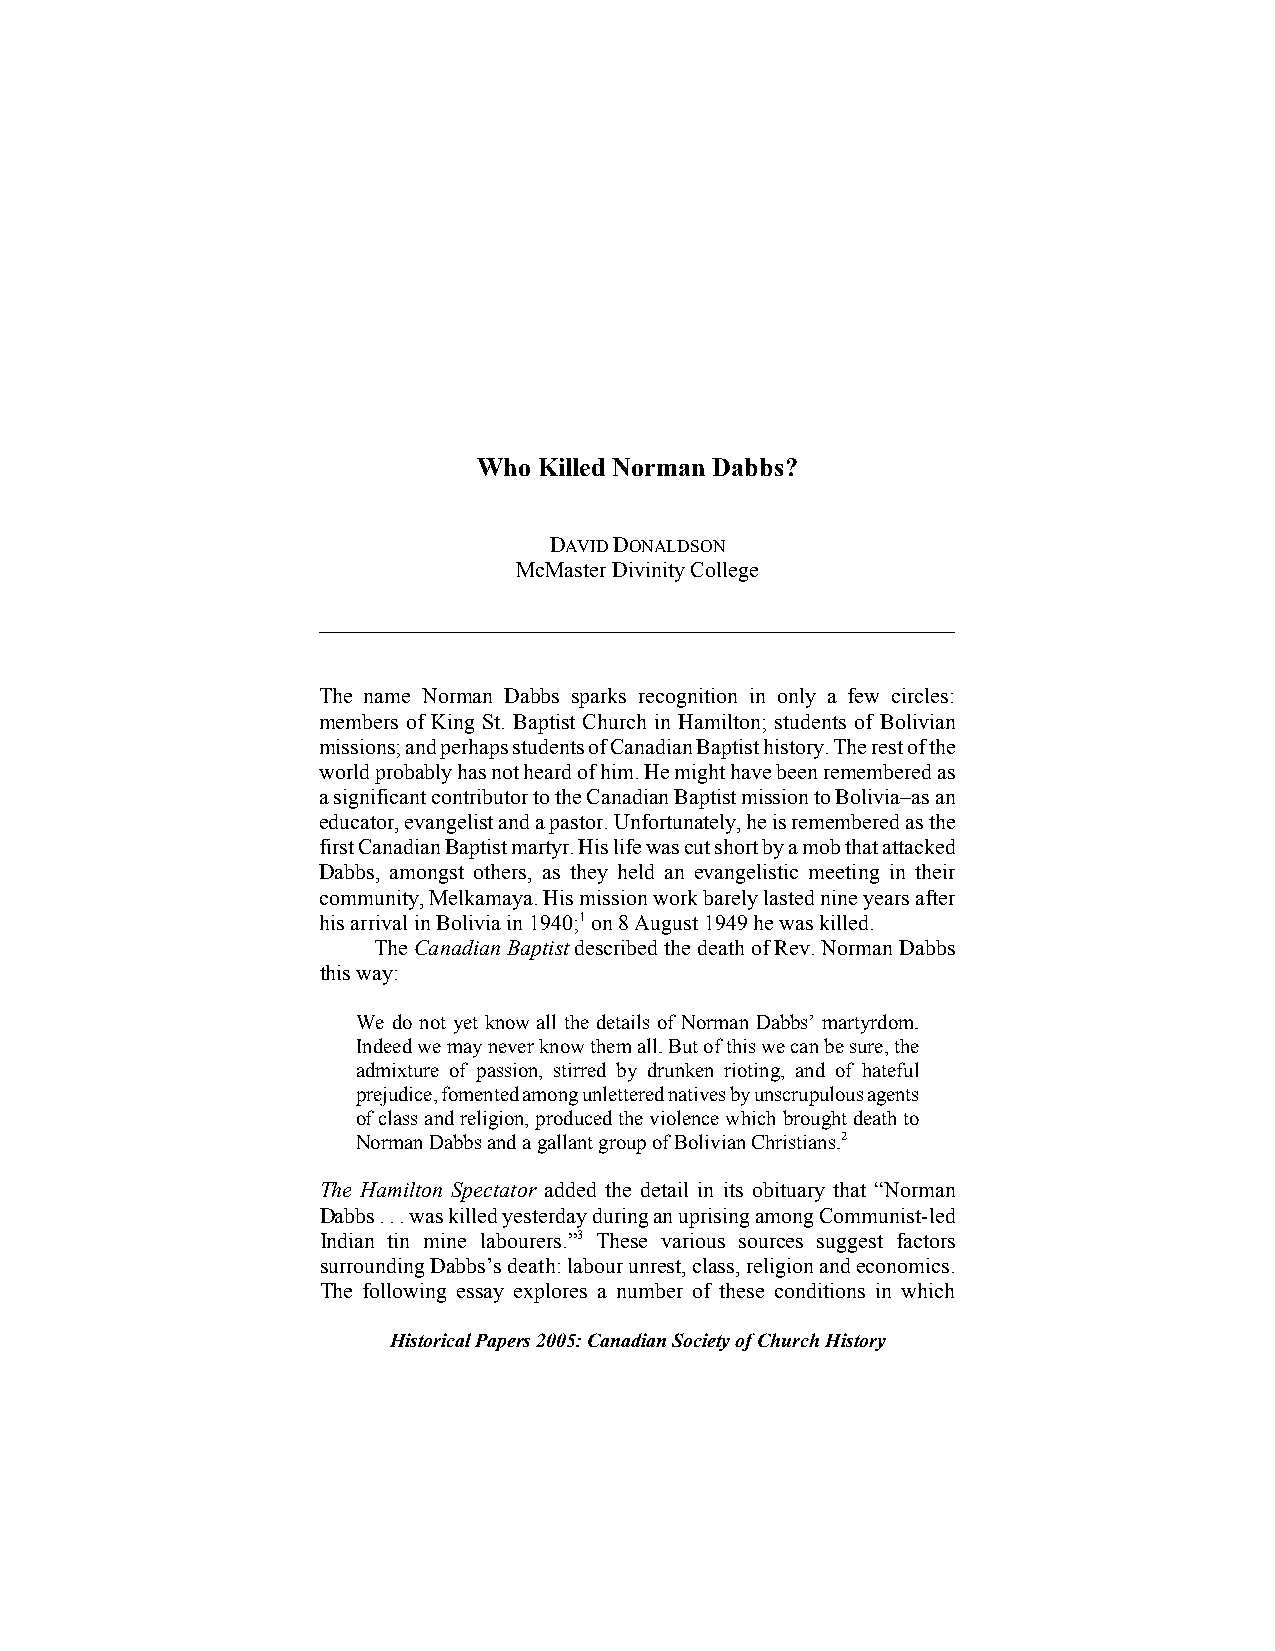
Who Killed Norman Dabbs?
 DAVID DONALDSON
 McMaster Divinity College
 The name Norman Dabbs sparks recognition in only a few circles:
 members of King St. Baptist Church in Hamilton; students of Bolivian
 missions; and perhaps students of Canadian Baptist history. The rest of the
 world probably has not heard of him. He might have been remembered as
 a significant contributor to the Canadian Baptist mission to Bolivia–as an
 educator, evangelist and a pastor. Unfortunately, he is remembered as the
 first Canadian Baptist martyr. His life was cut short by a mob that attacked
 Dabbs, amongst others, as they held an evangelistic meeting in their
 community, Melkamaya. His mission work barely lasted nine years after
 his arrival in Bolivia in 1940;1 on 8 August 1949 he was killed.
 The Canadian Baptist described the death of Rev. Norman Dabbs
 this way:
 We do not yet know all the details of Norman Dabbs’ martyrdom.
 Indeed we may never know them all. But of this we can be sure, the
 admixture of passion, stirred by drunken rioting, and of hateful
 prejudice, fomented among unlettered natives by unscrupulous agents
 of class and religion, produced the violence which brought death to
 Norman Dabbs and a gallant group of Bolivian Christians.2
 The Hamilton Spectator added the detail in its obituary that “Norman
 Dabbs . . . was killed yesterday during an uprising among Communist-led
 Indian tin mine labourers.”3 These various sources suggest factors
 surrounding Dabbs’s death: labour unrest, class, religion and economics.
 The following essay explores a number of these conditions in which
 Historical Papers 2005: Canadian Society of Church History